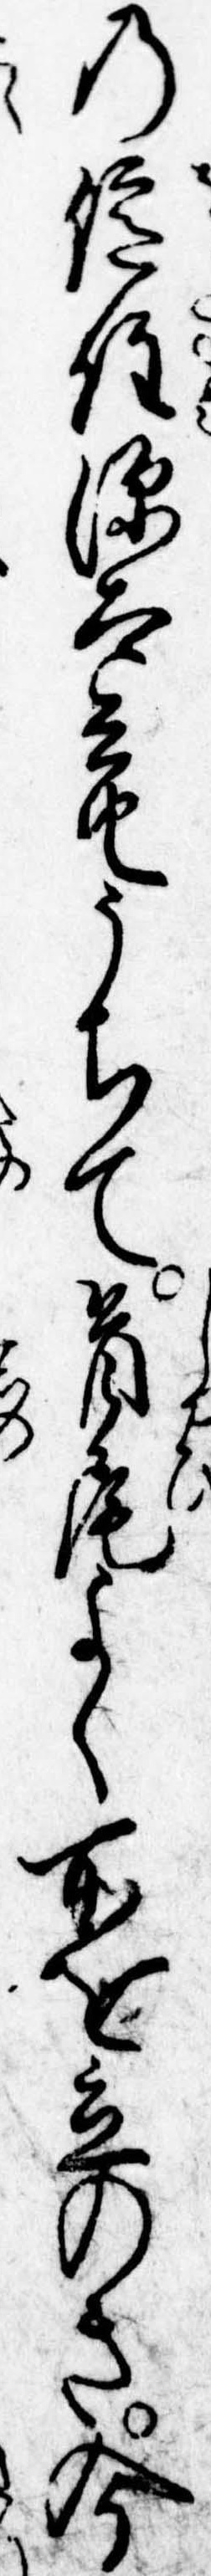
の億住源太兵衛うちて首尾よく所を立のき今